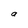
Character: a